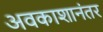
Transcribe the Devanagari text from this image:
अवकाशानंतर